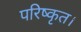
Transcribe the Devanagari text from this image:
परिष्कृत।